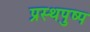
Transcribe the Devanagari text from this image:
प्रस्थपुष्प